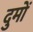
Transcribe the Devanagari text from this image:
दुमों